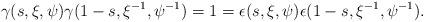
LaTeX: \begin{align*}\gamma(s,\xi,\psi)\gamma(1-s,\xi^{-1},\psi^{-1})=1=\epsilon(s,\xi,\psi)\epsilon(1-s,\xi^{-1},\psi^{-1}).\end{align*}